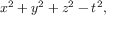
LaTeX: x ^ { 2 } + y ^ { 2 } + z ^ { 2 } - t ^ { 2 } ,